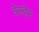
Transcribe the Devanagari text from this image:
केल्हेम